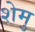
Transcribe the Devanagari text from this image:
शेमु